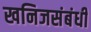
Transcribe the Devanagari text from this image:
खनिजसंबंधी